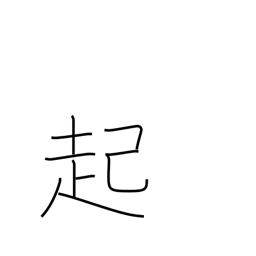
Meaning: rouse